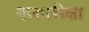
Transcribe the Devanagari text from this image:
गजपरीक्षा